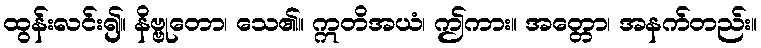
ထွန်းလင်း၍။ နိဗ္ဗုတော၊ သေ၏။ ဣတိအယံ၊ ဤကား။ အတ္တော၊ အနက်တည်း။